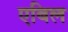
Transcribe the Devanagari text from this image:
एबिल